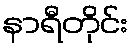
နာရီတိုင်း